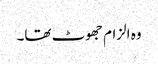
وہ الزام جھوٹ تھا۔